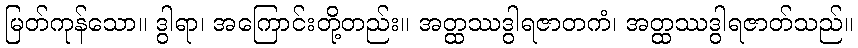
မြတ်ကုန်သော။ ဒွါရာ၊ အကြောင်းတို့တည်း။ အတ္ထဿဒွါရဇာတကံ၊ အတ္ထဿဒွါရဇာတ်သည်။